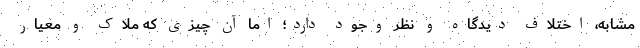
مشابه، اختلاف دیدگاه و نظر وجود دارد؛ اما آن‌ چیزی که ملاک و معیار